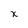
Character: x